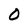
Character: 0